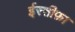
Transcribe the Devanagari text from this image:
ईस्तीफ़ा